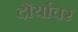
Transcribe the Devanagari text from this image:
दौर्यावर